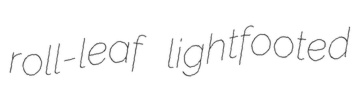
roll-leaf lightfooted